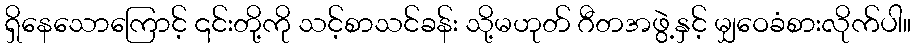
ရှိနေသောကြောင့် ၎င်းတို့ကို သင့်စာသင်ခန်း သို့မဟုတ် ဂီတအဖွဲ့နှင့် မျှဝေခံစားလိုက်ပါ။